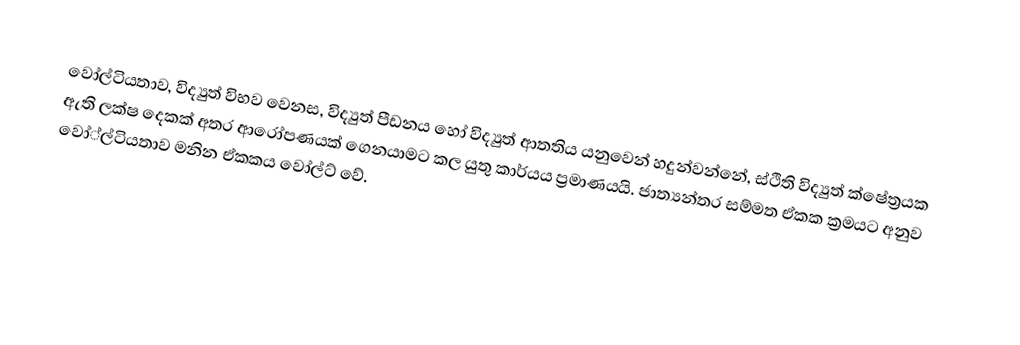
වෝල්ටියතාව, විද්‍යුත් විභව වෙනස,  විද්‍යුත් පීඩනය හෝ විද්‍යුත් ආතතිය යනුවෙන් හදුන්වන්නේ, ස්ථිති විද්‍යුත් ක්ෂේත්‍රයක ඇති ලක්ෂ දෙකක් අතර ආරෝපණයක්  ගෙනයාමට කල යුතු කාර්යය ප්‍රමාණයයි. ජාත්‍යන්තර සම්මත  ඒකක ක්‍රමයට අනුව වෝ්ල්ටියතාව මනින ඒකකය වෝල්ට් වේ.